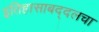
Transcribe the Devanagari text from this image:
इतिहासाबद्दलचा